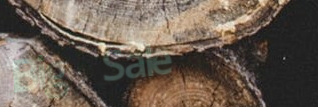
Big Sale